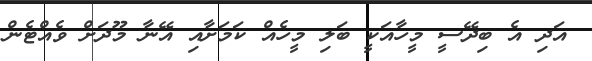
އަދި އެ ބިދޭސީ މީހާއަކީ ބަލި މީހެއް ކަމަށާއި އޭނާ މޫދަށް ވެއްޓެން